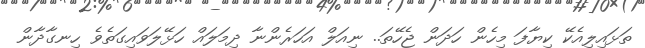
ތަޅައިލިއެކޭ ކިޔާފަ މިހެން ހަދަން ޖެހޭތަ.. ނިއަލް އަހަރެންނާ ދިމަލައް ހަޅޭލަވައިގަތެވެ ހިނގާދާން